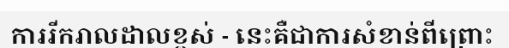
ការរីករាលដាលខ្ពស់ - នេះគឺជាការសំខាន់ពីព្រោះ